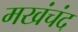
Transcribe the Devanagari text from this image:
मखंचंद